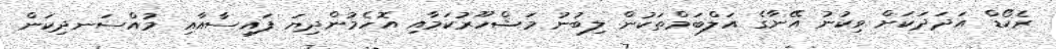
ރެކޯޑް އަދަދަކަށް ވިކުނު އޭނާގެ އަލްބަމްތަކުން ލިބުނު މަޝްހޫރުކަމާއި އޮހެމުންދިޔަ ފައިސާއާއި މުއްސަނދިކަން